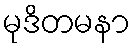
မုဒိတမနာ